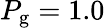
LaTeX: P_{\mathrm{g}}=1.0